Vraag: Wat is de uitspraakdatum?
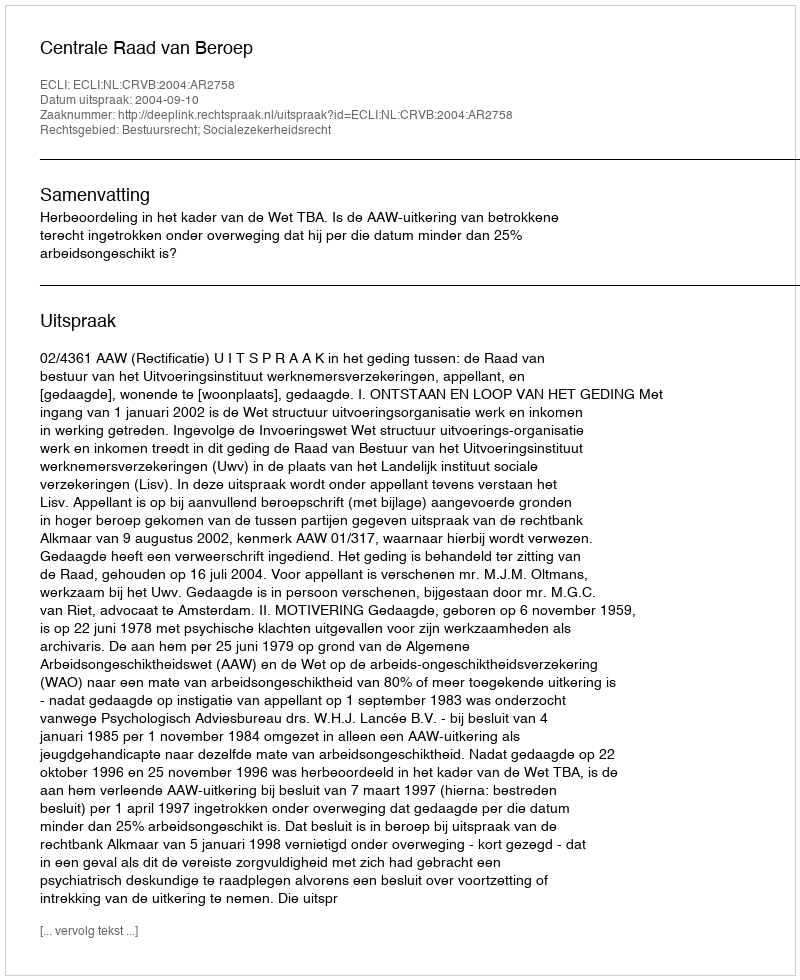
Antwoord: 2004-09-10